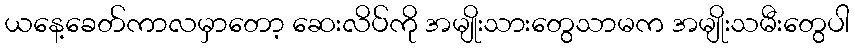
ယနေ့ခေတ်ကာလမှာတော့ ဆေးလိပ်ကို အမျိုးသားတွေသာမက အမျိုးသမီးတွေပါ